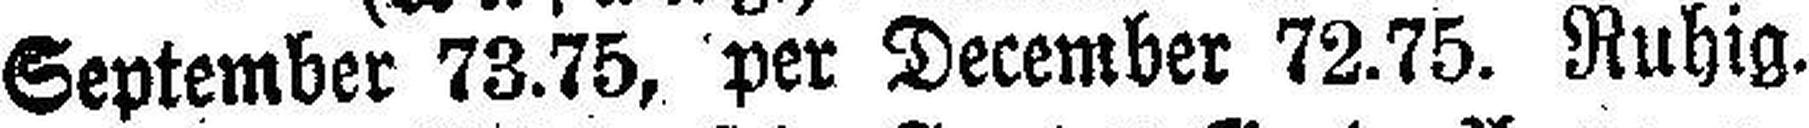
September 73.75, per December 72.75. Ruhig.